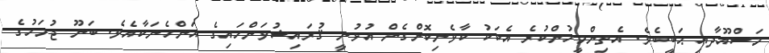
މަސްއޫދާއި ޙަބީބެވެ. އެތިންމީހުންކުރެ އެކަކު ކާވެނިކޮށްގެން އުޅުނީ ޤުރައިޝުވަންހައިގެ އަންހެނަކާއެވެ. ބަނޫ ޖުމަހުގެ